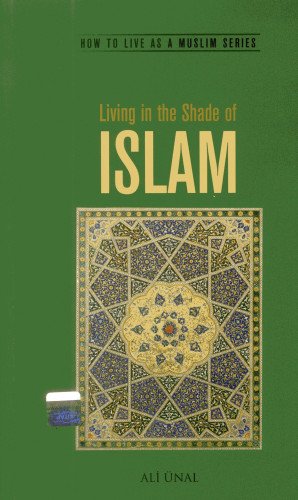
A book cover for Living in the Shade of Islam: How to Live As A Muslim; Ali Unal; Religion & Spirituality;